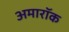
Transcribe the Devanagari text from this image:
अमारॉक